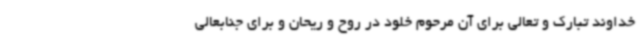
خداوند تبارک و تعالی برای آن مرحوم خلود در روح و ریحان و برای جنابعالی